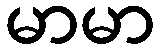
မာမာ